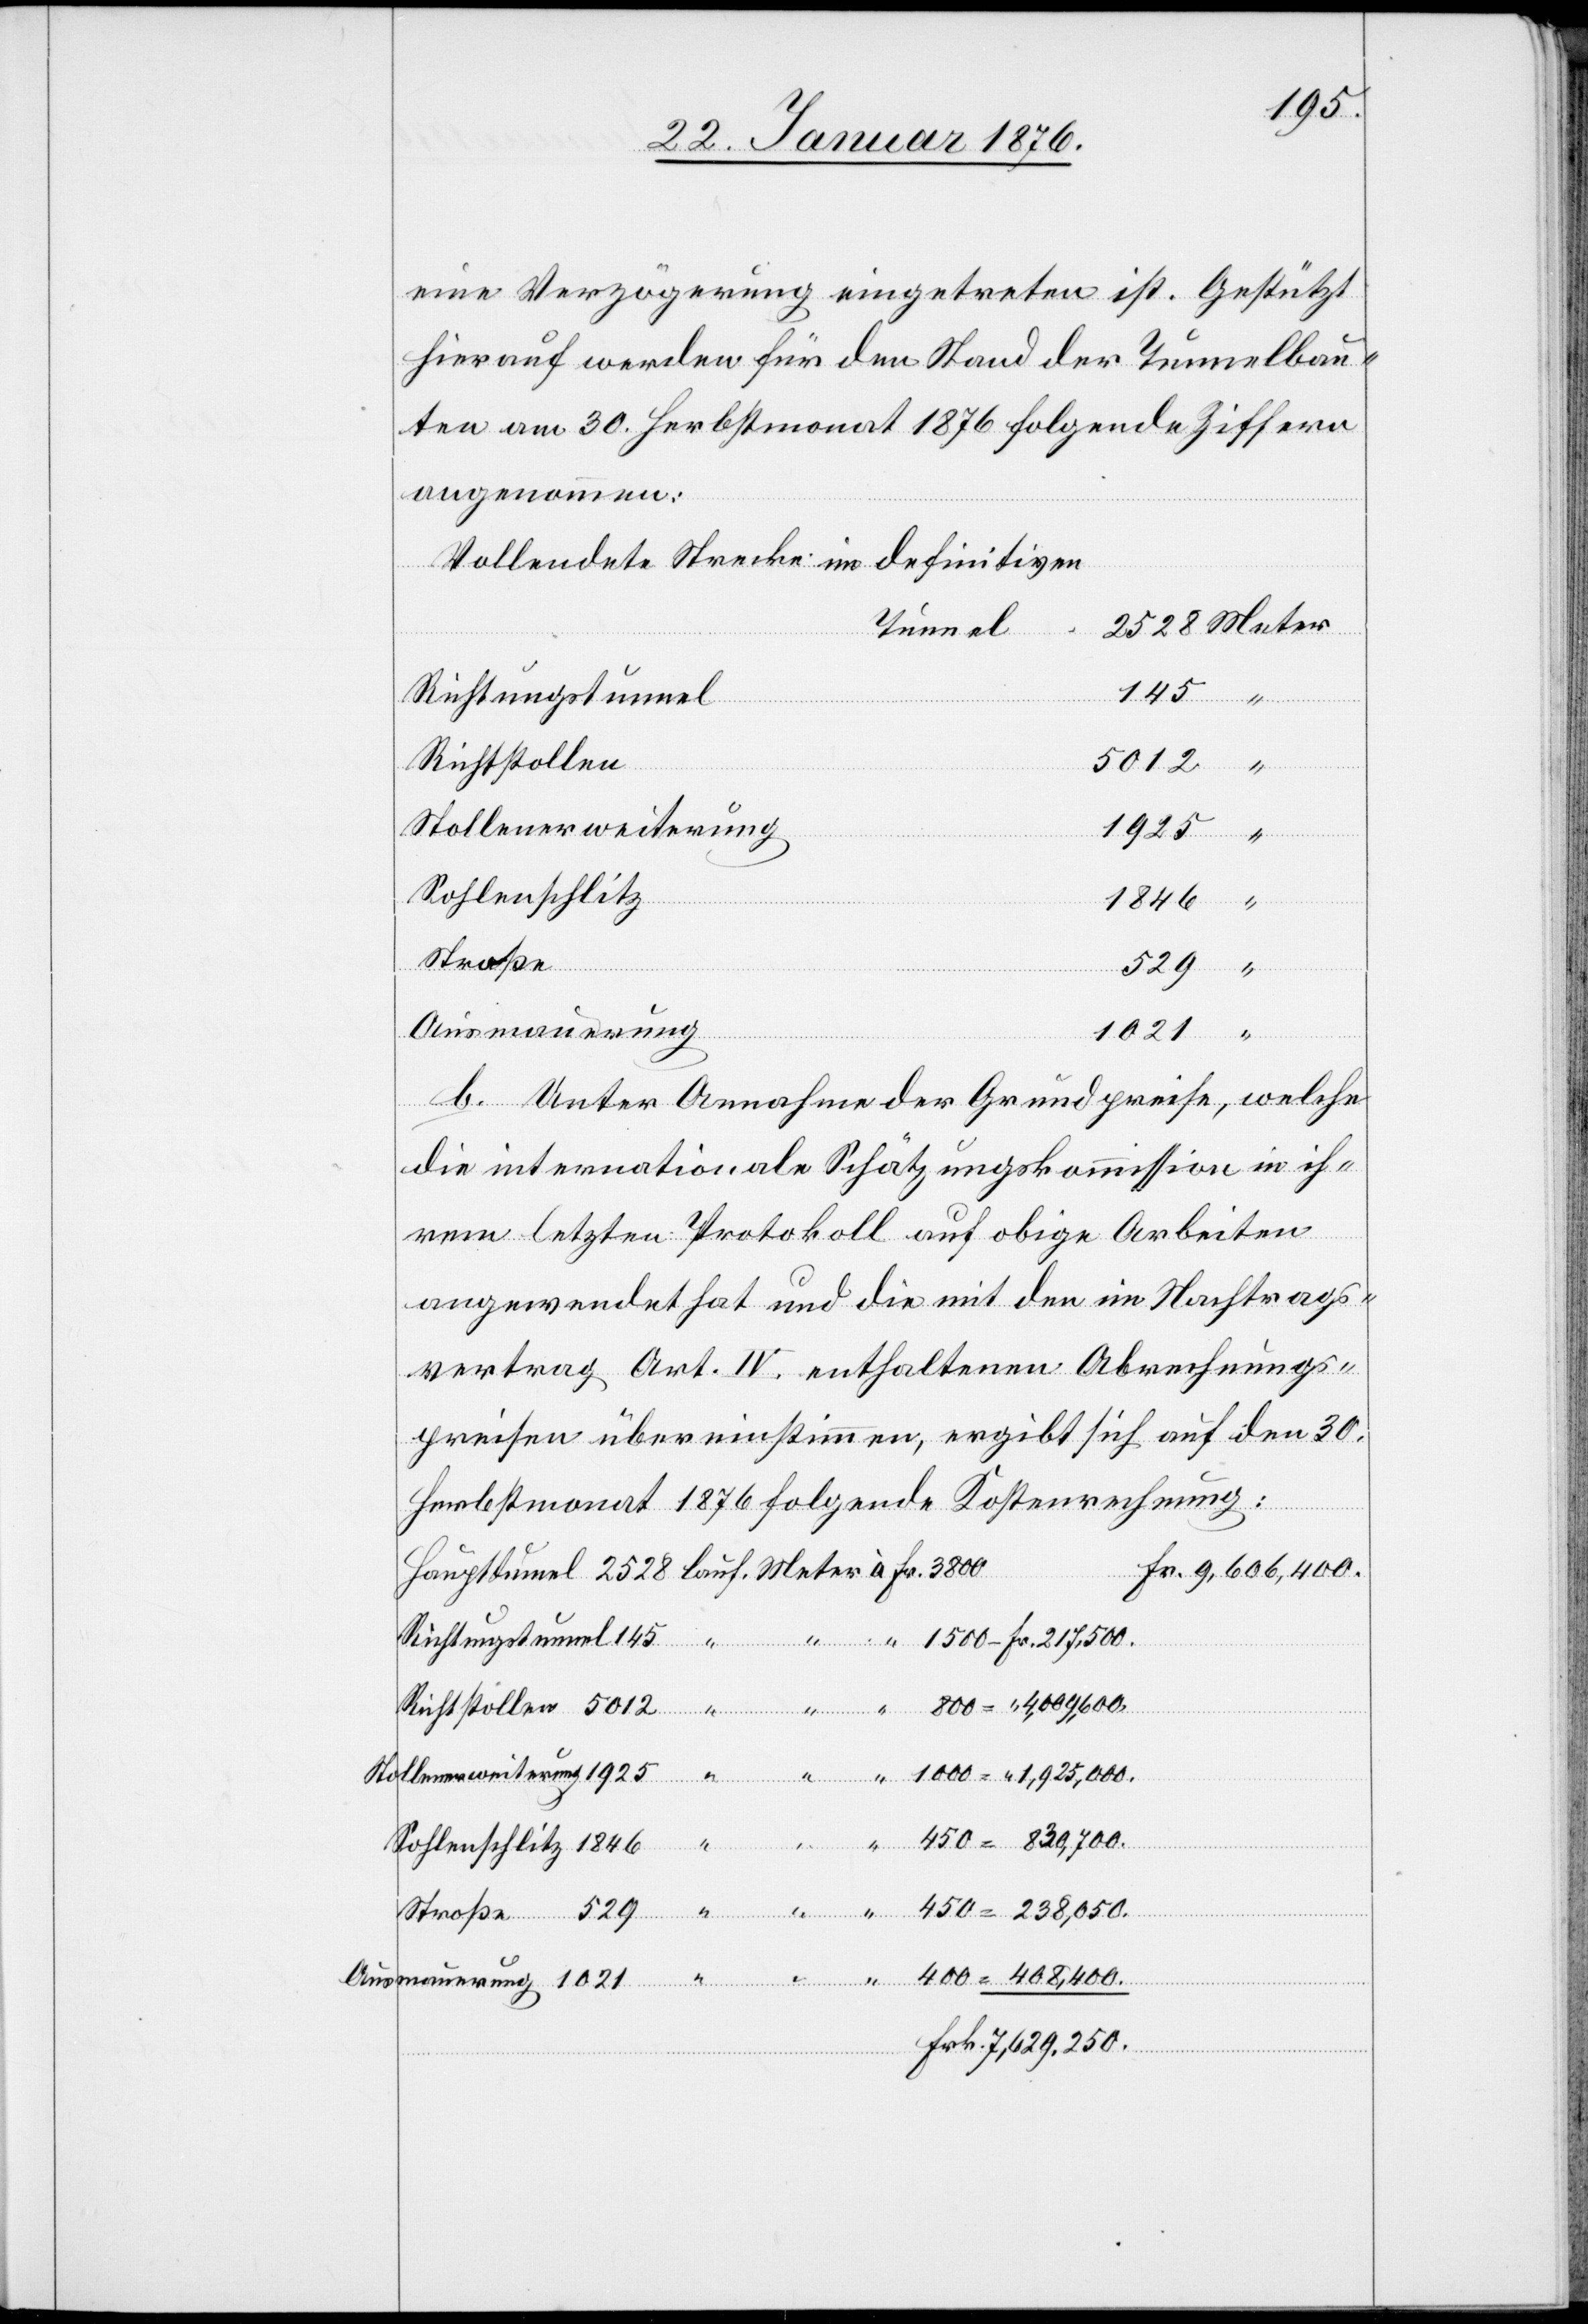
1000–
eine Verzögerung eingetreten ist. Gestützt
hierauf werden für den Stand der Tunnelbau¬
ten am 30. Herbstmonat 1876 folgende Ziffern
angenommen.
Vollendete Strecke im definitiven
tunnel
145
Richtungstunnel
Richtstollen
5012
Stollenerweiterung
1925
Sohlenschlitz
1846
“
Stroße
Ausmauerung
1021
lauf.
b. Unter Annahme der Grundpreise, welche
die internationale Schätzungskommission in ih¬
rem letzten Protokoll auf obige Arbeiten
angewendet hat und die mit den im Nachtrags¬
vertrag Art. IV enthaltenen Abrechnungs¬
preisen übereinstimmen, ergibt sich auf den 30.
Herbstmonat 1876 folgende Kostenrechnung:
Fr. 9,606,400.
Meter
Frk. 7,629.250.